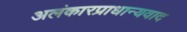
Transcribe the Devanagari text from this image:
अलंकारप्राधान्यवाद